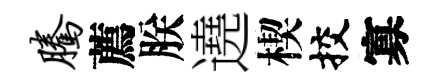
腾薦朕遶楔挍寡